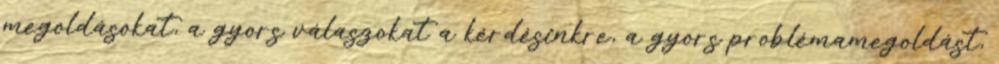
megoldásokat, a gyors válaszokat a kérdésinkre, a gyors problémamegoldást,